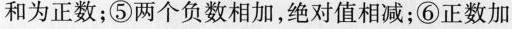
和为正数；⑤两个负数相加，绝对值相减；⑥正数加